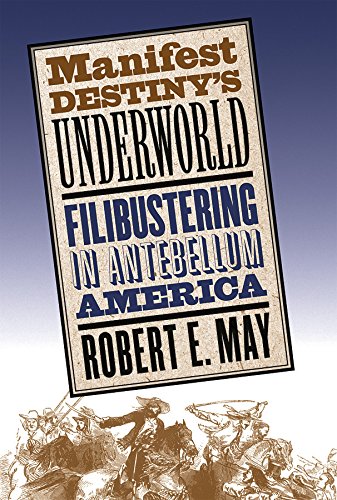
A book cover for Manifest Destiny's Underworld: Filibustering in Antebellum America; Robert E. May; History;